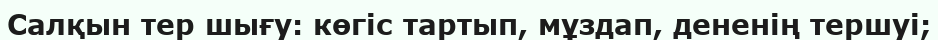
Салқын тер шығу: көгіс тартып, мұздап, дененің тершуі;